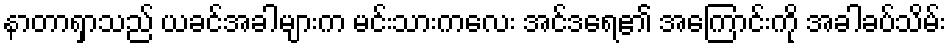
နာတာရှာသည် ယခင်အခါများက မင်းသားကလေး အင်ဒရေ၏ အကြောင်းကို အခါခပ်သိမ်း